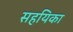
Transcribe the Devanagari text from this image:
सहयिका